Some observations on the poison of the banded krait (Bungarus fasciatus) - Number 7
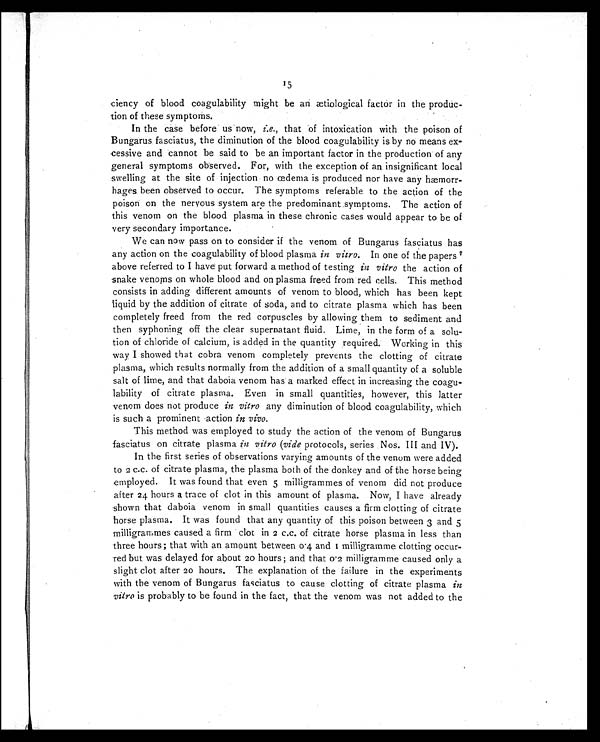
15
ciency of blood coagulability might be an ætiological factor in the produc
-tion of these symptoms.
In the case before us now, i.e. , that of intoxication with the poison of
Bungarus fasciatus, the diminution of the blood coagulability is by no means ex--
cessive and cannot be said to be an important factor in the production of any
general symptoms observed. For, with the exception of an insignificant local
swelling at the site of injection no œdema is produced nor have any hæmorr--
hages been observed to occur. The symptoms referable to the action of the
poison on the nervous system are the predominant symptoms. The action of
this venom on the blood plasma in these chronic cases would appear to be of
very secondary importance.
We can now pass on to consider if the venom of Bungarus fasciatus has
any action on the coagulability of blood plasma in vitro. In one of the papers 7
above referred to I have put forward a method of testing in vitro the action of
snake venoms on whole blood and on plasma freed from red cells. This method
consists in adding different amounts of venom to blood, which has been kept
liquid by the addition of citrate of soda, and to citrate plasma which has been
completely freed from the red corpuscles by allowing them to sediment and
then syphoning off the clear supernatant fluid. Lime, in the form of a solu--
tion of chloride of calcium, is added in the quantity required. Working in this
way I showed that cobra venom completely prevents the clotting of citrate
plasma, which results normally from the addition of a small quantity of a soluble
salt of lime, and that daboia venom has a marked effect in increasing the coagu--
lability of citrate plasma. Even in small quantities, however, this latter
venom does not produce in vitro any diminution of blood coagulability, which
is such a prominent action in vivo.
This method was employed to study the action of the venom of Bungarus
fasciatus on citrate plasma in vitro (vide protocols, series Nos. III and IV).
In the first series of observations varying amounts of the venom were added
to 2 c.c. of citrate plasma, the plasma both of the donkey and of the horse being
employed. It was found that even 5 milligrammes of venom did not produce
after 24 hours a trace of clot in this amount of plasma. Now, I have already
shown that daboia venom in small quantities causes a firm clotting of citrate
horse plasma. It was found that any quantity of this poison between 3 and 5
milligrammes caused a firm clot in 2 c.c. of citrate horse plasma in less than
three hours; that with an amount between 0.4 and 1 milligramme clotting occur
-red but was delayed for about 20 hours; and that 0.2 milligramme caused only a
slight clot after 20 hours. The explanation of the failure in the experiments
with the venom of Bungarus fasciatus to cause clotting of citrate plasma in
vitro is probably to be found in the fact, that the venom was not added to the